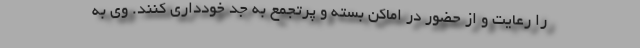
را رعایت و از حضور در اماکن بسته و پرتجمع به جد خودداری کنند. وی به